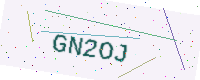
Text: GN2OJ